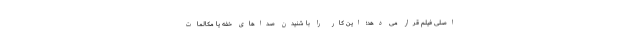
اصلی فیلم قرار می دهد؛ این کار را با شنیدن صداهای خفه یا مکالمات